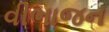
વીભાજન